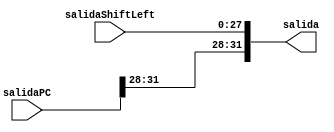
`timescale 1ns / 1ps
//////////////////////////////////////////////////////////////////////////////////
// Company: 
// Engineer: 
// 
// Design Name: 
// Module Name:    Concatenador 
// Project Name: 
// Target Devices: 
// Tool versions: 
// Description: 
//
// Dependencies: 
//
// Revision: 
// Revision 0.01 - File Created
// Additional Comments: 
//
//////////////////////////////////////////////////////////////////////////////////
module Concatenador(
    input [27:0] salidaShiftLeft,
    input [31:0] salidaPC,
    output reg [31:0] salida
    );

	initial begin
		salida <= 32'b0;
	end

	always @ (*) begin
		salida <= {salidaPC[31:28], salidaShiftLeft};
	end

endmodule